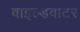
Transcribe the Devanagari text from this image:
वाइल्डवाटर